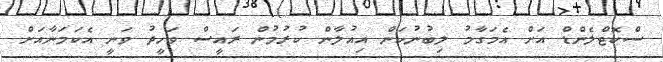
ސްކޮޓްލެންޑް އަށް އެމަގާމު ލިބުނުކަން އިއުލާން ކުރުމުން ރައީސް ވަހީދު ވަނީ އެކަމަނާއަށް